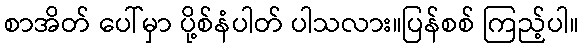
စာအိတ် ပေါ်မှာ ပို့စ်နံပါတ် ပါသလား။ပြန်စစ် ကြည့်ပါ။